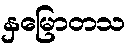
နှမြောတသ